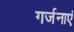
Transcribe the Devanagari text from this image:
गर्जनाएं